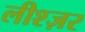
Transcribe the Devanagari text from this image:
लीश्ज़र